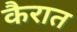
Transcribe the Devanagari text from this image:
कैरात